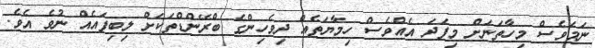
ނަމަވެސް މިހާތަނަށް މިފަދަ އެއްވެސް ހިމާޔަތެއް ދިވެހިންގެ ބްރޭންޑްތަކަށް ލިބިފައެއް ނުވެ އެވެ.